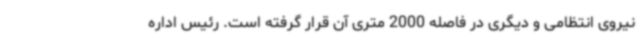
نیروی انتظامی و دیگری در فاصله 2000 متری آن قرار گرفته است. رئیس اداره